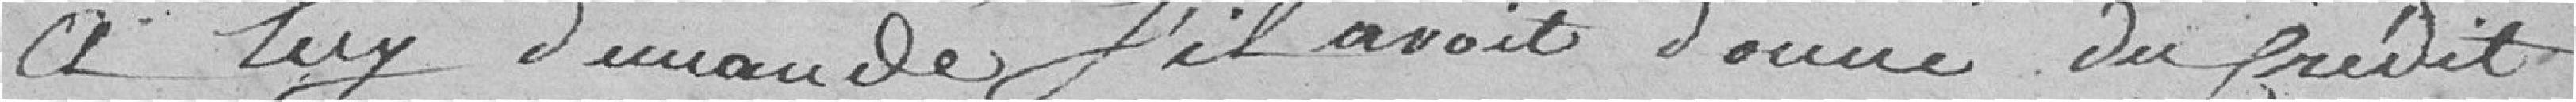
A luy demandé s'il avait donné du crédit